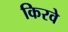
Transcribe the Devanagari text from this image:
किरवे